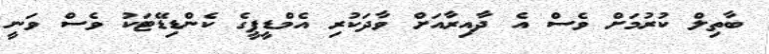
ބާތިލް ކުރުމަށް ވެސް އެ ދާއިރާއަށް ވާދަކުރި އެމްޑީޕީގެ ކެންޑިޑޭޓަކު ވެސް ވަނީ